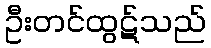
ဦးတင်ထွဋ်သည်